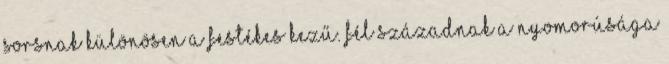
sorsnak Különösen a festékes kezű. Fél századnak a nyomorúsága